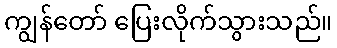
ကျွန်တော် ပြေးလိုက်သွားသည်။